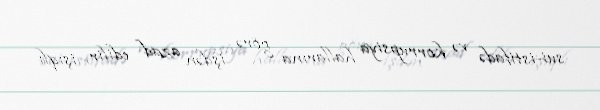
sui-istifadə və korrupsiya hallarına görə işdən azad edilir, işıqlı